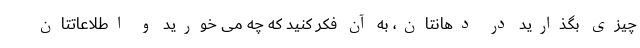
چیزی بگذارید در دهانتان، به آن فکر کنید که چه می خورید و اطلاعاتتان